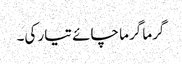
گرما گرما چائے تیار کی۔